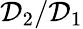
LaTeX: \mathcal{D}_{2}/\mathcal{D}_{1}